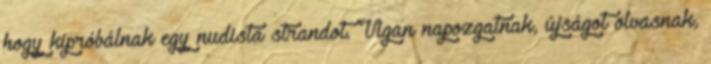
hogy kipróbálnak egy nudista strandot. Vígan napozgatnak, újságot olvasnak,